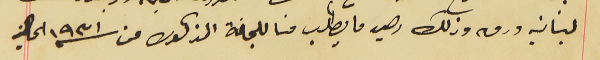
لبنانيه ورق وذلك رصيد ما يطلب منا للجنة المذكوره عن سنة ١٩٣١ الحالية